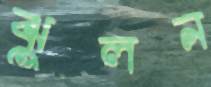
ঝুলন